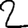
Digit: 2